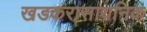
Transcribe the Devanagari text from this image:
खडकरासायनिक